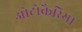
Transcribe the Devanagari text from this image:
ओटोकैरिया